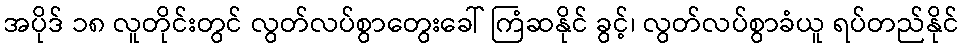
အပိုဒ် ၁၈ လူတိုင်းတွင် လွတ်လပ်စွာတွေးခေါ် ကြံဆနိုင် ခွင့်၊ လွတ်လပ်စွာခံယူ ရပ်တည်နိုင်